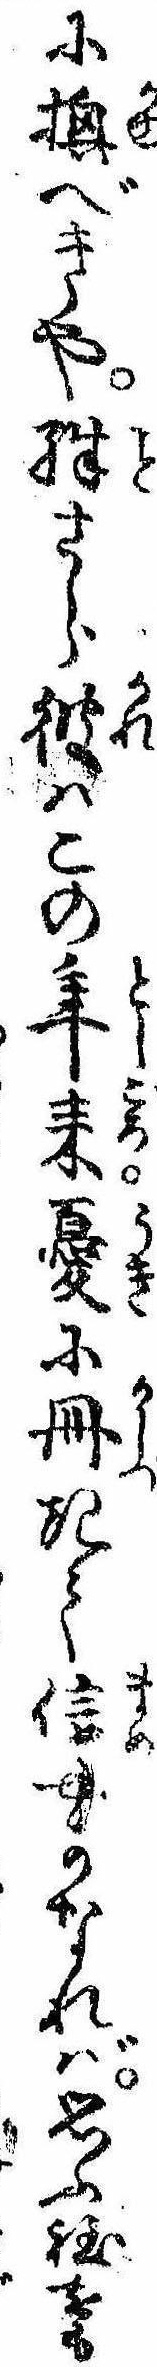
に換べきや殊さら彼はこの年来憂に冊きて信やかなれば思ふ程をも